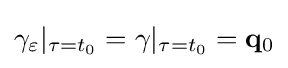
\gamma _{\varepsilon }|_{\tau =t_{0}}=\gamma |_{\tau =t_{0}}=\mathbf {q} _{0}